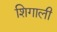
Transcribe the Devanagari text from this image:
शिगाली